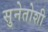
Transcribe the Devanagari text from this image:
सुनेतोशी